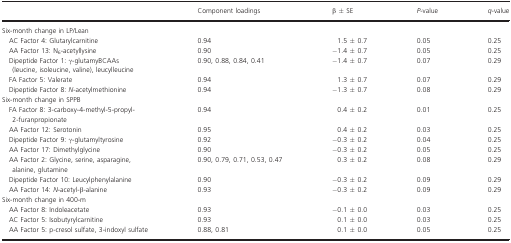
<table><thead><tr><td></td><td><b>Component loadings</b></td><td><b>β ± SE</b></td><td><b><i>P</i>-value</b></td><td><b><i>q</i>-value</b></td></tr></thead><tbody><tr><td colspan="5">Six-month change in LP/Lean</td></tr><tr><td> AC Factor 4: Glutarylcarnitine</td><td>0.94</td><td>1.5 ± 0.7</td><td>0.05</td><td>0.25</td></tr><tr><td> AA Factor 13: N<sub>6</sub>-acetyllysine</td><td>0.90</td><td>−1.4 ± 0.7</td><td>0.05</td><td>0.25</td></tr><tr><td> Dipeptide Factor 1: γ-glutamyBCAAs (leucine, isoleucine, valine), leucylleucine</td><td>0.90, 0.88, 0.84, 0.41</td><td>−1.4 ± 0.7</td><td>0.07</td><td>0.29</td></tr><tr><td> FA Factor 5: Valerate</td><td>0.94</td><td>1.3 ± 0.7</td><td>0.07</td><td>0.29</td></tr><tr><td> Dipeptide Factor 8: <i>N</i>-acetylmethionine</td><td>0.94</td><td>−1.3 ± 0.7</td><td>0.08</td><td>0.29</td></tr><tr><td colspan="5">Six-month change in SPPB</td></tr><tr><td> FA Factor 8: 3-carboxy-4-methyl-5-propyl-2-furanpropionate</td><td>0.94</td><td>0.4 ± 0.2</td><td>0.01</td><td>0.25</td></tr><tr><td> AA Factor 12: Serotonin</td><td>0.95</td><td>0.4 ± 0.2</td><td>0.03</td><td>0.25</td></tr><tr><td> Dipeptide Factor 9: γ-glutamyltyrosine</td><td>0.92</td><td>−0.3 ± 0.2</td><td>0.04</td><td>0.25</td></tr><tr><td> AA Factor 17: Dimethylglycine</td><td>0.90</td><td>−0.3 ± 0.2</td><td>0.05</td><td>0.25</td></tr><tr><td> AA Factor 2: Glycine, serine, asparagine, alanine, glutamine</td><td>0.90, 0.79, 0.71, 0.53, 0.47</td><td>0.3 ± 0.2</td><td>0.08</td><td>0.29</td></tr><tr><td> Dipeptide Factor 10: Leucylphenylalanine</td><td>0.90</td><td>−0.3 ± 0.2</td><td>0.09</td><td>0.29</td></tr><tr><td> AA Factor 14: <i>N</i>-acetyl-β-alanine</td><td>0.93</td><td>−0.3 ± 0.2</td><td>0.09</td><td>0.29</td></tr><tr><td colspan="5">Six-month change in 400-m</td></tr><tr><td> AA Factor 8: Indoleacetate</td><td>0.93</td><td>−0.1 ± 0.0</td><td>0.03</td><td>0.25</td></tr><tr><td> AC Factor 5: Isobutyrylcarnitine</td><td>0.93</td><td>0.1 ± 0.0</td><td>0.03</td><td>0.25</td></tr><tr><td> AA Factor 5: p-cresol sulfate, 3-indoxyl sulfate</td><td>0.88, 0.81</td><td>0.1 ± 0.0</td><td>0.05</td><td>0.25</td></tr></tbody></table>